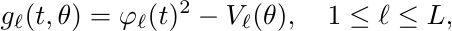
\begin{equation*}
g_\ell(t,\theta)=\varphi_\ell(t)^2-V_\ell(\theta),\quad 1\leq \ell\leq L,
\end{equation*}